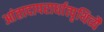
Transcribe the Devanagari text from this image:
आंतादापरार्धात्पृथिव्यै